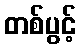
တစ်ပွင့်